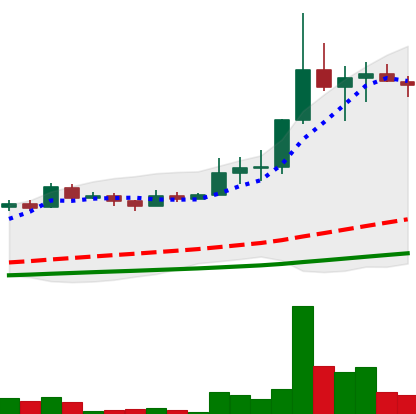
Ticker: LINK-USD
Chart end date: 2019-07-04
Forward return: -10.673%
Label: down_7plus